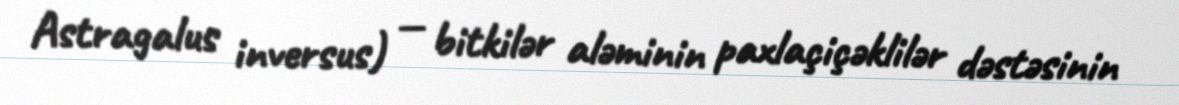
Astragalus inversus) — bitkilər aləminin paxlaçiçəklilər dəstəsinin